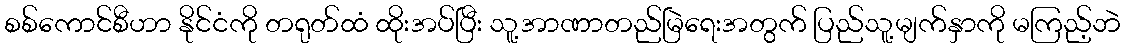
စစ်ကောင်စီဟာ နိုင်ငံကို တရုတ်ထံ ထိုးအပ်ပြီး သူ့အာဏာတည်မြဲရေးအတွက် ပြည်သူ့မျက်နှာကို မကြည့်ဘဲ